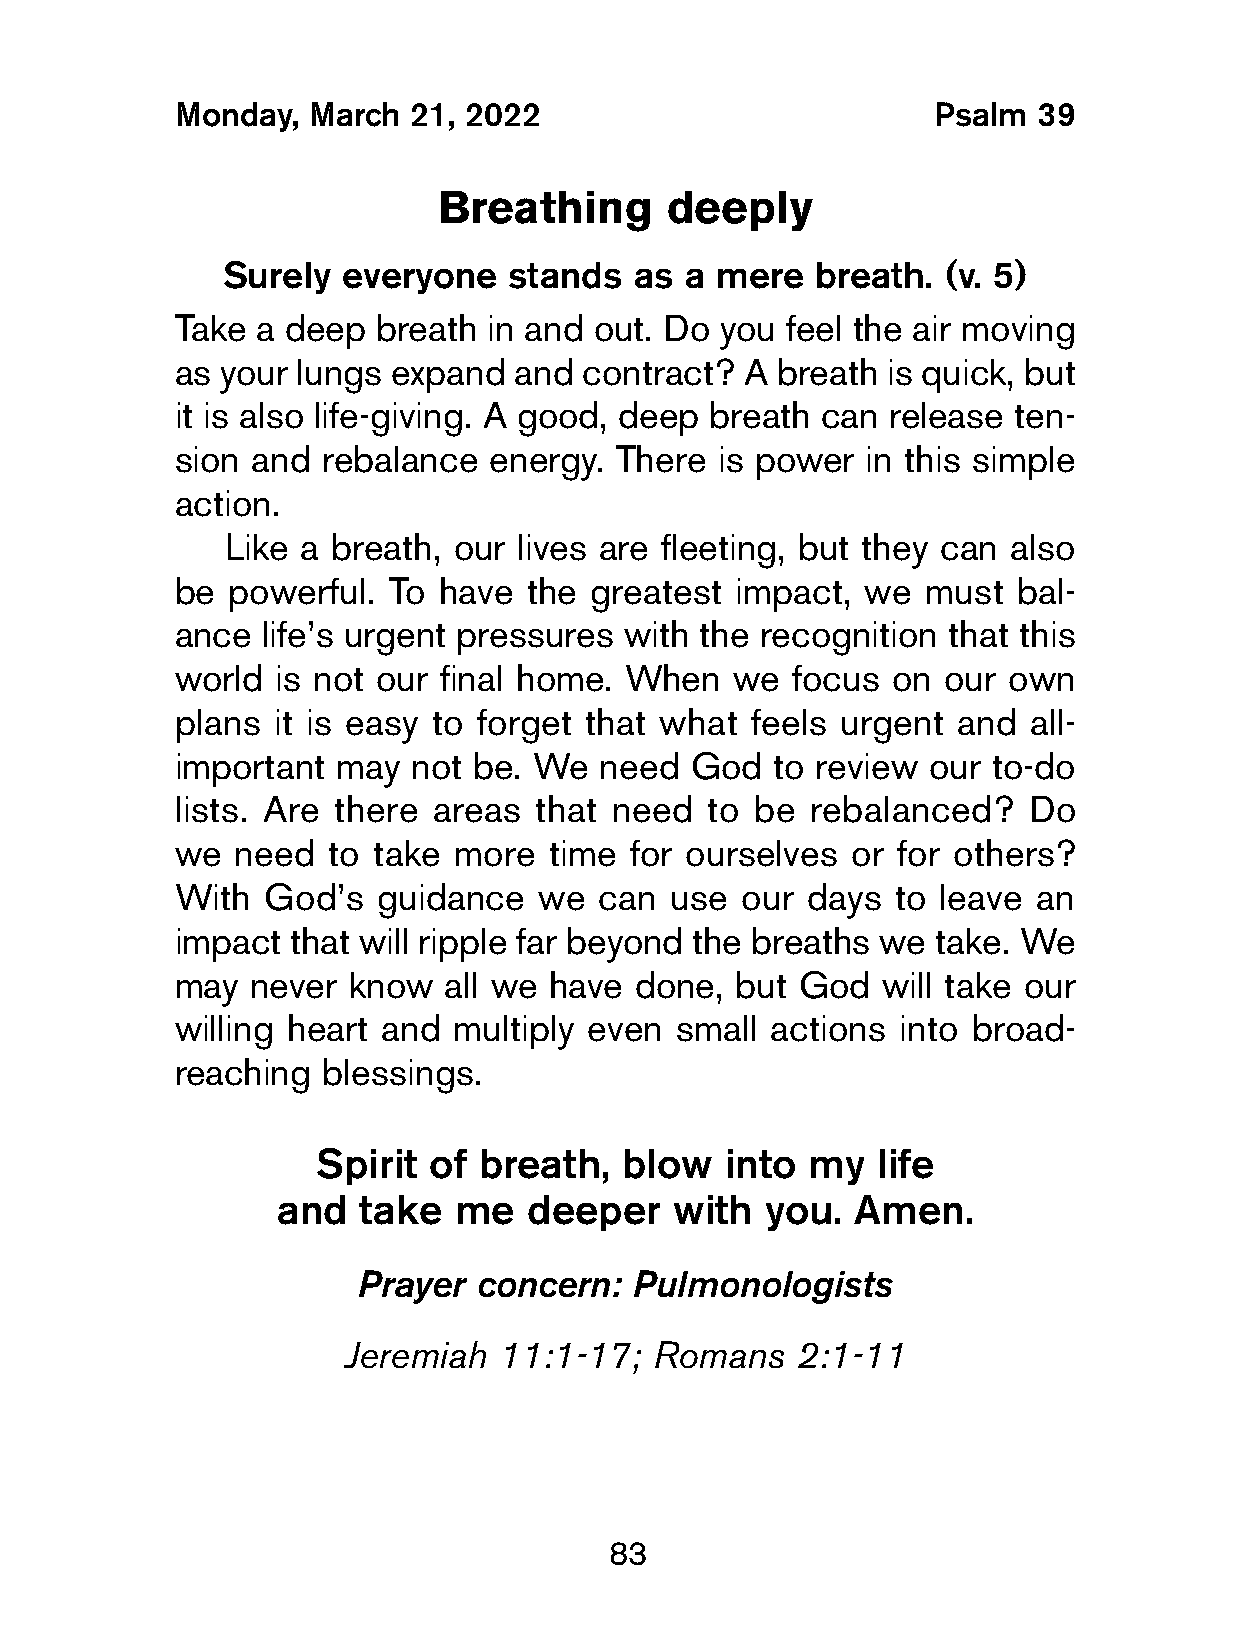
Monday,  March  21, 2022                           Psalm  39
 Breathing      deeply
 Surely  everyone   stands  as a mere   breath. (v. 5)
 Take  a deep  breath in and out. Do  you feel the air moving
 as your  lungs expand  and  contract? A breath  is quick, but
 it is also life-giving. A good, deep breath can release ten-
 sion  and rebalance  energy.  There is power  in this simple
 action.
 Like a breath, our lives are fleeting, but they can also
 be  powerful.  To have  the greatest  impact, we  must  bal-
 ance  life’s urgent pressures with the recognition  that this
 world  is not our final home. When   we  focus  on our  own
 plans  it is easy to forget that what  feels urgent and  all-
 important  may  not be. We   need  God  to review our  to-do
 lists. Are there  areas that need   to be rebalanced?    Do
 we  need   to take more  time  for ourselves or for others?
 With  God’s   guidance   we  can use  our days  to leave an
 impact  that will ripple far beyond the breaths we take. We
 may  never  know  all we have  done,  but God  will take our
 willing heart and  multiply even  small actions into broad-
 reaching  blessings.
 Spirit of  breath,  blow   into my   life
 and   take  me   deeper   with   you. Amen.
 Prayer concern:   Pulmonologists
 Jeremiah  11:1-17;  Romans    2:1-11
 83